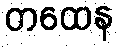
တထေန